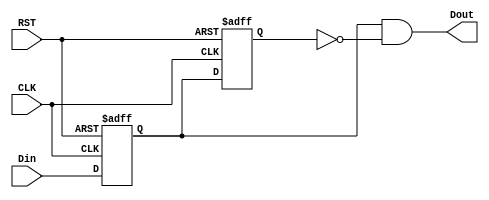
// Copyright (C) 2020  Intel Corporation. All rights reserved.
// Your use of Intel Corporation's design tools, logic functions 
// and other software and tools, and any partner logic 
// functions, and any output files from any of the foregoing 
// (including device programming or simulation files), and any 
// associated documentation or information are expressly subject 
// to the terms and conditions of the Intel Program License 
// Subscription Agreement, the Intel Quartus Prime License Agreement,
// the Intel FPGA IP License Agreement, or other applicable license
// agreement, including, without limitation, that your use is for
// the sole purpose of programming logic devices manufactured by
// Intel and sold by Intel or its authorized distributors.  Please
// refer to the applicable agreement for further details, at
// https://fpgasoftware.intel.com/eula.

// PROGRAM		"Quartus Prime"
// VERSION		"Version 20.1.1 Build 720 11/11/2020 SJ Lite Edition"
// CREATED		"Wed Nov 02 19:33:54 2022"

module trigger(
	CLK,
	Din,
	RST,
	Dout
);


input wire	CLK;
input wire	Din;
input wire	RST;
output wire	Dout;

reg	SYNTHESIZED_WIRE_1;
wire	SYNTHESIZED_WIRE_0;
reg	DFF_inst3;




assign	Dout = SYNTHESIZED_WIRE_1 & SYNTHESIZED_WIRE_0;


always@(posedge CLK or negedge RST)
begin
if (!RST)
	begin
	SYNTHESIZED_WIRE_1 <= 0;
	end
else
	begin
	SYNTHESIZED_WIRE_1 <= Din;
	end
end


always@(posedge CLK or negedge RST)
begin
if (!RST)
	begin
	DFF_inst3 <= 0;
	end
else
	begin
	DFF_inst3 <= SYNTHESIZED_WIRE_1;
	end
end

assign	SYNTHESIZED_WIRE_0 =  ~DFF_inst3;


endmodule